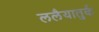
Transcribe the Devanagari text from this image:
ललैयातुर्क